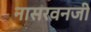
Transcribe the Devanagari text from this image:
नासरवनजी